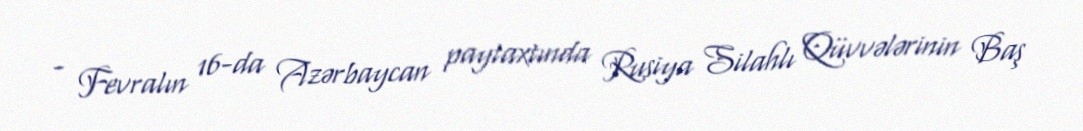
- Fevralın 16-da Azərbaycan paytaxtında Rusiya Silahlı Qüvvələrinin Baş